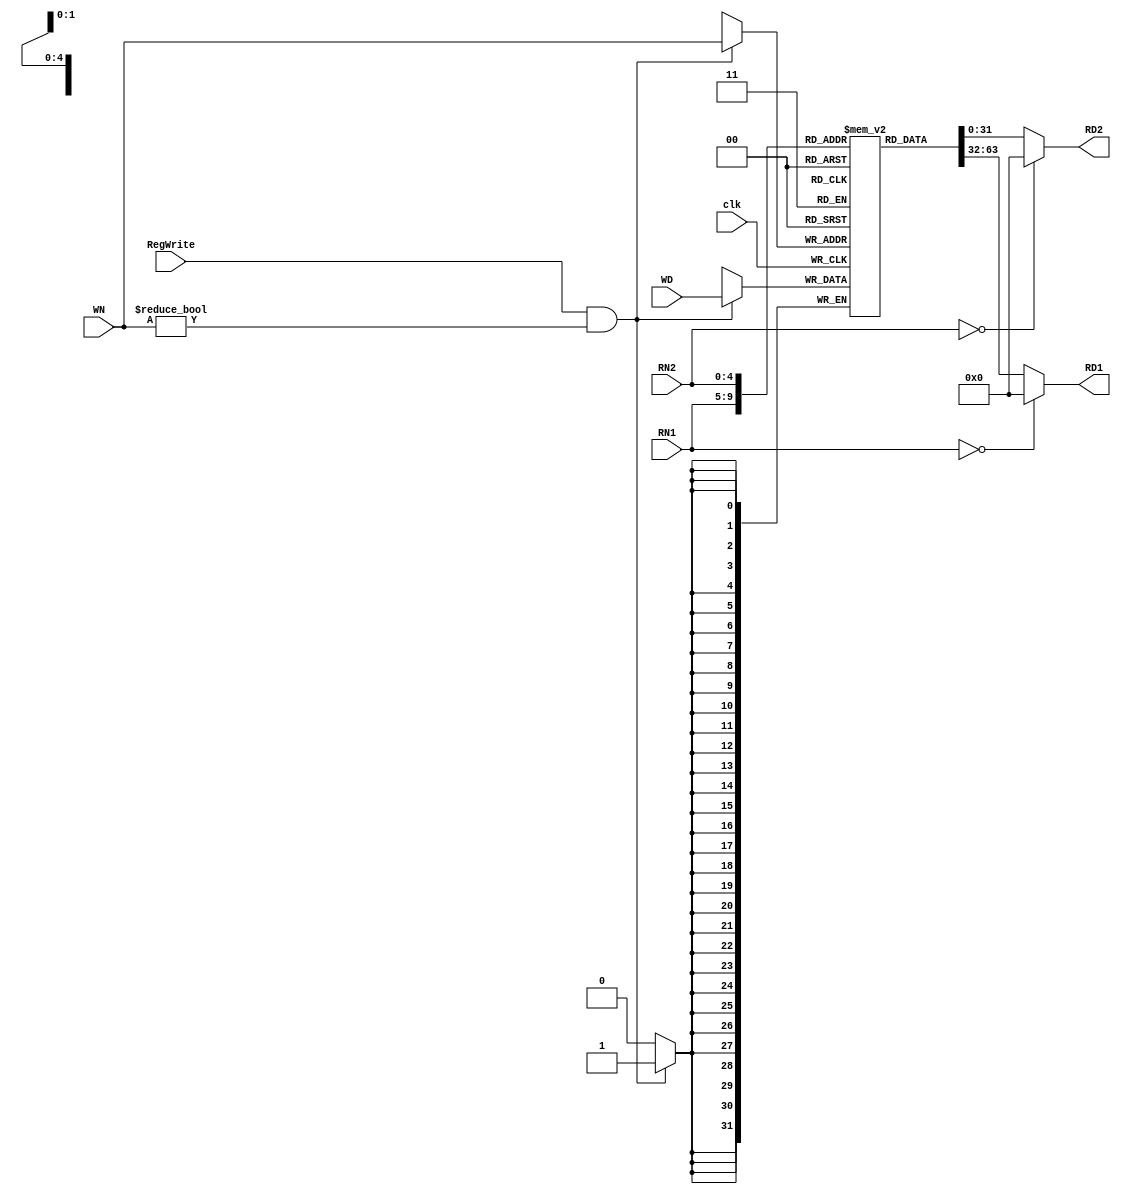
module reg_file( clk, RegWrite, RN1, RN2, WN, WD, RD1, RD2 );
	input clk;
	input RegWrite;
	input[4:0] RN1, RN2, WN;
	input[31:0] WD;
	output[31:0] RD1, RD2;

	reg[31:0] RD1, RD2;
	reg[31:0] file_array[31:1];

	always @( RN1 or file_array[RN1] ) begin   
		if ( RN1 == 0 )
			RD1 = 32'd0;
		else
			RD1 = file_array[RN1];
		$display( "%d, reg_file[%d] => %d (Port 1)", $time/10, RN1, RD1);
	end

	always @( RN2 or file_array[RN2] ) begin
		if ( RN2 == 0 )
			RD2 = 32'd0;
		else
			RD2 = file_array[RN2];
		$display( "%d, reg_file[%d] => %d (Port 2)", $time/10, RN2, RD2);
	end

	always @( posedge clk ) begin
		if ( RegWrite && (WN != 0) ) begin
			file_array[WN] <= WD;
			$display( "%d, reg_file[%d] <= %d (Write)", $time/10, WN, WD);
		end
	end
endmodule